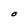
Character: O